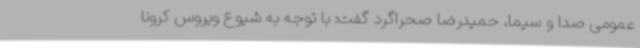
عمومی صدا و سیما، حمیدرضا صحراگرد گفت: با توجه به شیوع ویروس کرونا